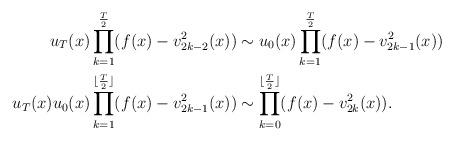
LaTeX: \begin{align*}u_T(x)\prod_{k=1}^{{T\over 2}}(f(x)-v_{2k-2}^2(x))&\sim u_0(x)\prod_{k=1}^{{T\over 2}}(f(x)-v_{2k-1}^2(x)) \\u_T(x)u_0(x)\prod_{k=1}^{\lfloor{T\over 2}\rfloor}(f(x)-v_{2k-1}^2(x))&\sim \prod_{k=0}^{\lfloor{T\over 2}\rfloor}(f(x)-v_{2k}^2(x)) .\end{align*}